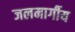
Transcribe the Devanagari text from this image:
जलमार्गीय